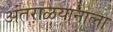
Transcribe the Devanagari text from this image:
अंतराळयानाला